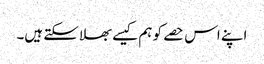
اپنے اس حصے کو ہم کیسے بھلا سکتے ہیں۔